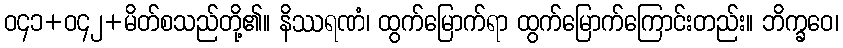
ဝ၄၁+ဝ၄၂+မိတ်စသည်တို့၏။ နိဿရဏံ၊ ထွက်မြောက်ရာ ထွက်မြောက်ကြောင်းတည်း။ ဘိက္ခဝေ၊